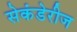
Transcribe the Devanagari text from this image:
सेकंडेरीज